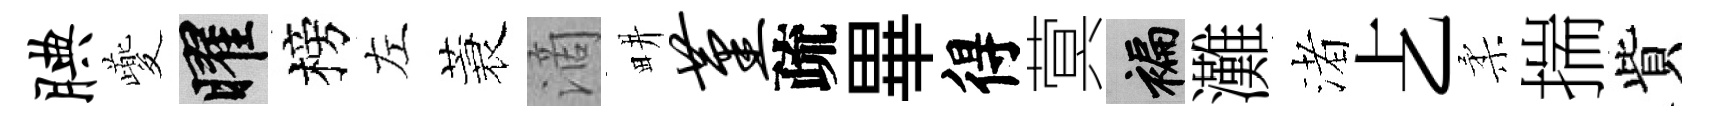
腆夔曜榜左蓑滴畊堇疏畢得蓂褊灘渚𠧒柔揣貲